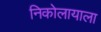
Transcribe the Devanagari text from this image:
निकोलायाला